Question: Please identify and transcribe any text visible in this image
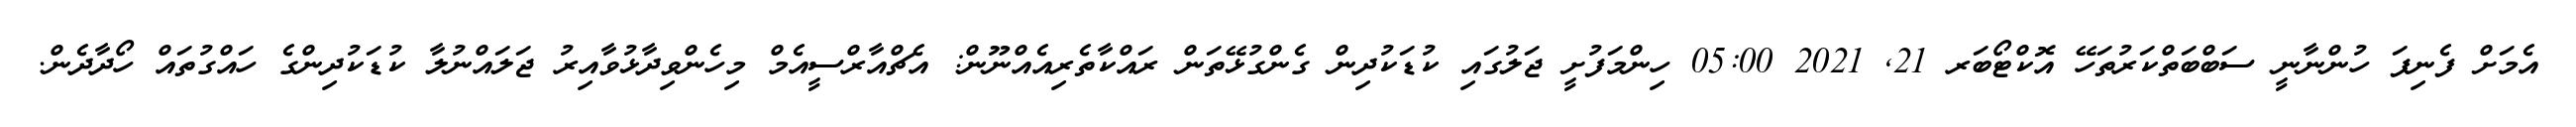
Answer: އެމަށް ފެނިފަ ހުންނާނީ ސަބްބަތްކަރުތަހޭ އޮކްޓޯބަރ 21, 2021 05:00 ހިންމަފުށީ ޖަލުގައި ކުޑަކުދިން ގެންގުޅޭތަން ރައްކާތެރިއެއްނޫން: އެޗްއާރްސީއެމް މިހެންވިދާޅުވާއިރު ޖަލައްނުލާ ކުޑަކުދިންގެ ހައްގުތައް ހޯދާދެން.